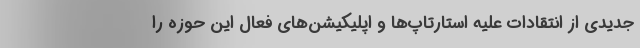
جدیدی از انتقادات علیه استارتاپ‌ها و اپلیکیشن‌های‌ فعال این حوزه را